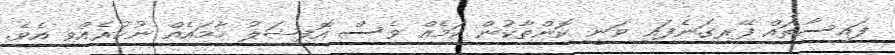
ފައިސާތައް ފޭރިގަނެފައި ވަނީ ކޮންތާކުން ކަމެއް ވެސް އޮފިޝަލު ހާމައެއް ނުކުރެއްވި އެވެ.